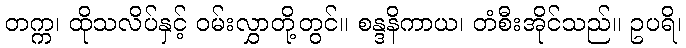
တက္က၊ ထိုသလိပ်နှင့် ဝမ်းလွှာတို့တွင်။ စန္ဒနိကာယ၊ တံစီးအိုင်သည်။ ဥပရိ၊